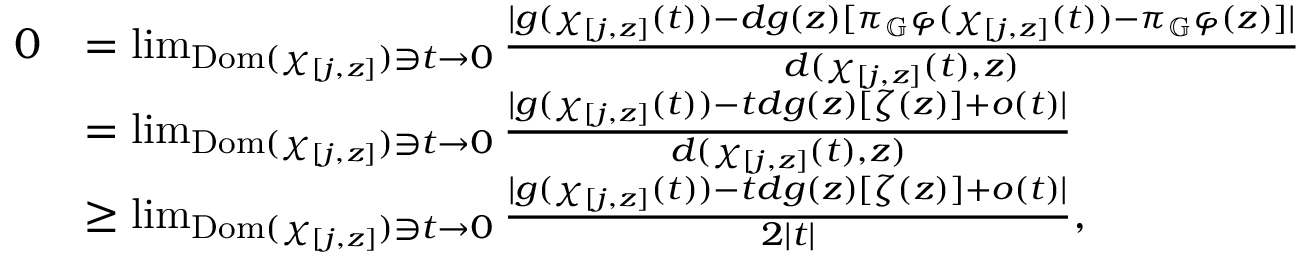
\begin{array} { r l } { 0 } & { = \operatorname* { l i m } _ { \mathrm { D o m } ( \chi _ { [ j , z ] } ) \ni t \to 0 } \frac { \lvert g ( \chi _ { [ j , z ] } ( t ) ) - d g ( z ) [ \pi _ { \mathbb G } \varphi ( \chi _ { [ j , z ] } ( t ) ) - \pi _ { \mathbb G } \varphi ( z ) ] \rvert } { d ( \chi _ { [ j , z ] } ( t ) , z ) } } \\ & { = \operatorname* { l i m } _ { \mathrm { D o m } ( \chi _ { [ j , z ] } ) \ni t \to 0 } \frac { \lvert g ( \chi _ { [ j , z ] } ( t ) ) - t d g ( z ) [ \zeta ( z ) ] + o ( t ) \rvert } { d ( \chi _ { [ j , z ] } ( t ) , z ) } } \\ & { \geq \operatorname* { l i m } _ { \mathrm { D o m } ( \chi _ { [ j , z ] } ) \ni t \to 0 } \frac { \lvert g ( \chi _ { [ j , z ] } ( t ) ) - t d g ( z ) [ \zeta ( z ) ] + o ( t ) \rvert } { 2 \lvert t \rvert } , } \end{array}